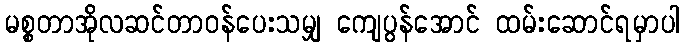
မစ္စတာအိုလဆင်တာဝန်ပေးသမျှ ကျေပွန်အောင် ထမ်းဆောင်ရမှာပါ